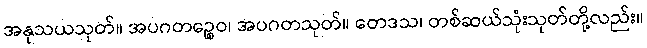
အနုသယသုတ်။ အပဂတဉ္စေဝ၊ အပဂတသုတ်။ တေဒသ၊ တစ်ဆယ်သုံးသုတ်တို့လည်း။